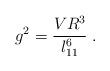
LaTeX: \begin{align*}g^2 = \frac{V R^3}{l_{11}^6} \; .\end{align*}